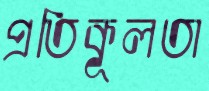
প্রতিকূলতা